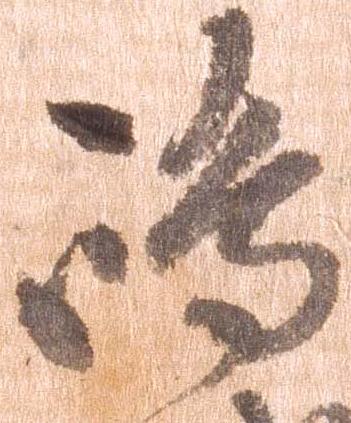
島